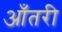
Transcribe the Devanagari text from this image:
आँतरी